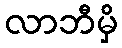
လာဘီမှိ